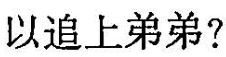
以追上弟弟?